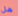
هل